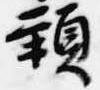
頸